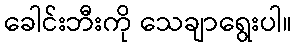
ခေါင်းဘီးကို သေချာရွေးပါ။